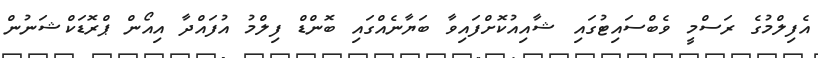
އެފިލްމުގެ ރަސްމީ ވެބްސައިޓުގައި ޝާއިއުކޮށްފައިވާ ބަޔާނެއްގައި ބޮންޑް ފިލްމު އުފައްދާ އިއޯން ޕްރޮޑަކްޝަނުން